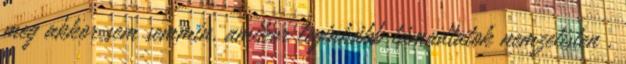
meg akkor sem semmin, amikor leginkább támadtatok nemzetisten ,